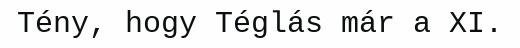
Tény, hogy Téglás már a XI.